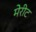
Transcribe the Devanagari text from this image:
मेरीट